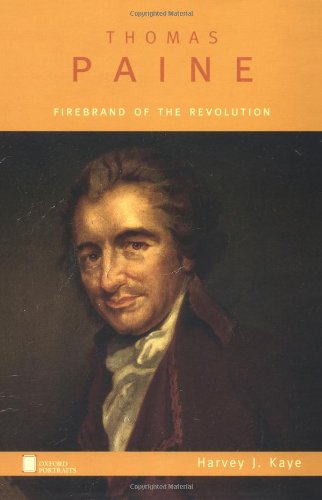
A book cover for Thomas Paine: Firebrand of the Revolution (Oxford Portraits); Harvey J. Kaye; Teen & Young Adult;